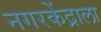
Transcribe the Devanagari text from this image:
नगरकेंद्राला